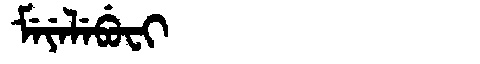
Manchu: ᠮᡝᠶᡝᠯᡝᠪᡠᠸᡳ
Romanization: MEYELEBUFI